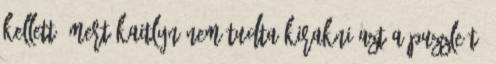
kellett, mert Kaitlyn nem tudta kirakni azt a puzzle-t.